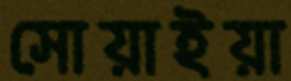
সোয়াইয়া